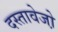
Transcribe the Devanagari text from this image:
दस्तावेजो़